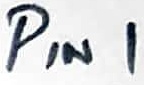
Text: PIN1